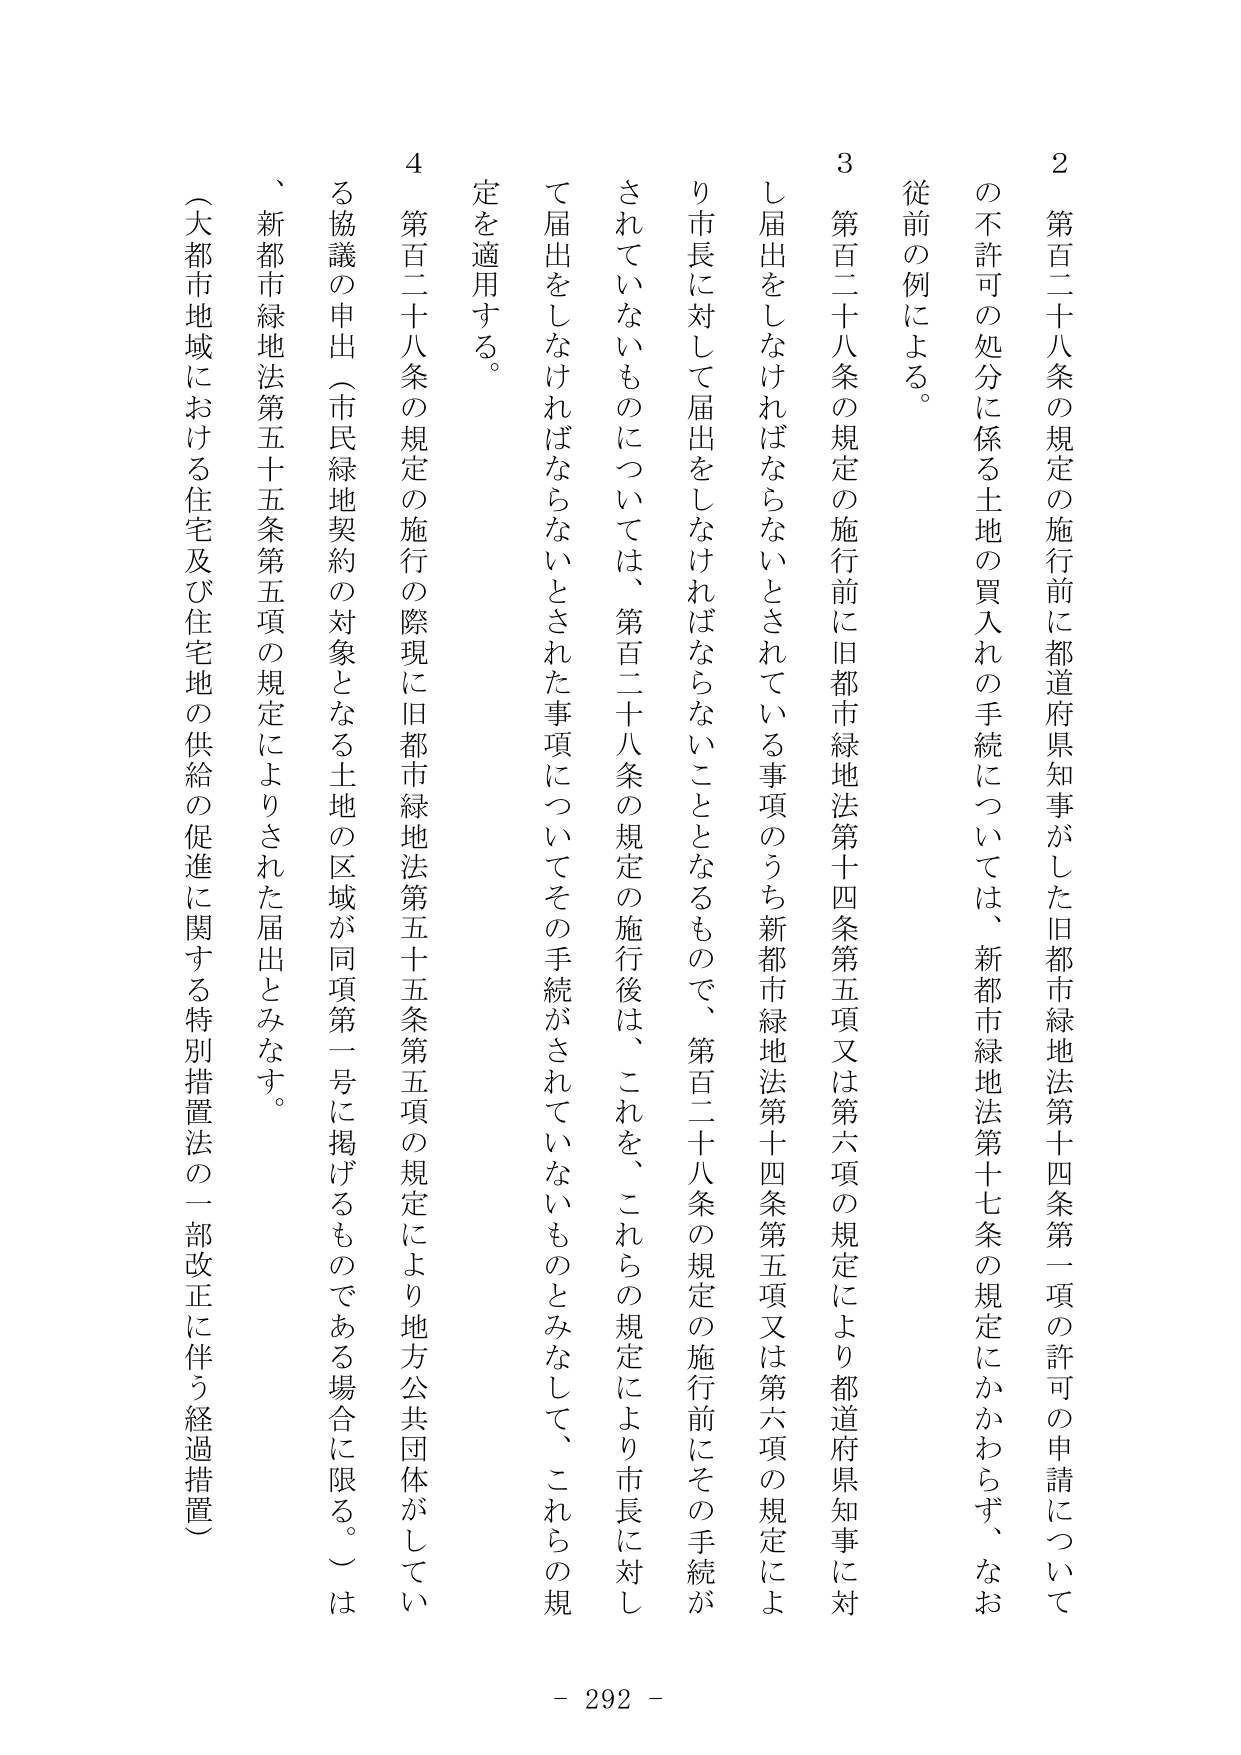
2 第百二十八条の規定の施行前に都道府県知事がした旧都市緑地法第十四条第一項の許可の申請についての不許可の処分に係る土地の買入れの手続については、新都市緑地法第十七条の規定にかかわらず、なお従前の例による。

3 第百二十八条の規定の施行前に旧都市緑地法第十四条第五項又は第六項の規定により都道府県知事に対し届出をしなければならないとされている事項のうち新都市緑地法第十四条第五項又は第六項の規定により市長に対して届出をしなければならないこととなるもので、第百二十八条の規定の施行前にその手続がされていないものについては、第百二十八条の規定の施行後は、これを、これらの規定により市長に対して届出をしなければならないとされた事項についてその手続がされていないものとみなして、これらの規定を適用する。

4 第百二十八条の規定の施行の際現に旧都市緑地法第五十五条第五項の規定により地方公共団体がしている協議の申出（市民緑地契約の対象となる土地の区域が同項第一号に掲げるものである場合に限る。）は、新都市緑地法第五十五条第五項の規定によりされた届出とみなす。

（大都市地域における住宅及び住宅地の供給の促進に関する特別措置法の一部改正に伴う経過措置）

- 292 -